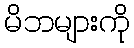
မိဘများကို